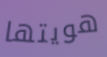
هويتها